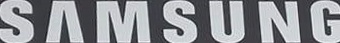
SAMSUNG